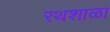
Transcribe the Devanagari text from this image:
रथशाळा